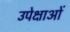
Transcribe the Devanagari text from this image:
उपेक्षाओं